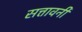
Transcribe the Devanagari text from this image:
सत्तावनी